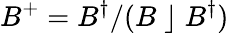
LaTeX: B^{+}=B^{\dagger}/(B\; \rfloor\; B^{\dagger})